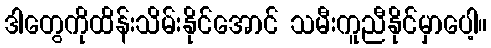
ဒါတွေကိုထိန်းသိမ်းနိုင်အောင် သမီးကူညီနိုင်မှာပေါ့။